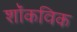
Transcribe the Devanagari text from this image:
शॉकविक